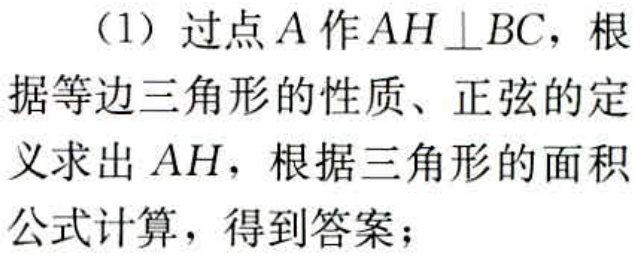
（1）过点\(A\)作\(AH\perp BC\)，根据等边三角形的性质、正弦的定义求出\(AH\)，根据三角形的面积公式计算，得到答案；